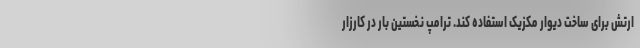
ارتش برای ساخت دیوار مکزیک استفاده کند. ترامپ نخستین بار در کارزار